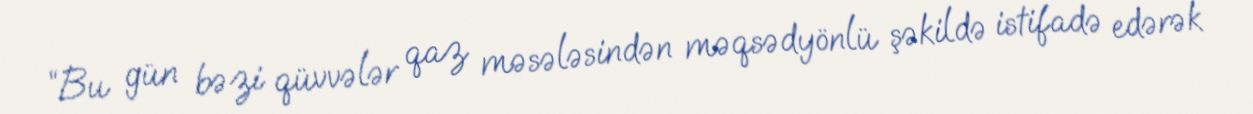
“Bu gün bəzi qüvvələr qaz məsələsindən məqsədyönlü şəkildə istifadə edərək